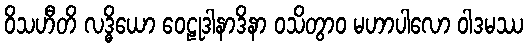
ဝိသဟီတိ လဒ္ဓိယော ဝေဠုဒါနာဒိနာ ဝသိတွာဝ မဟာပါလော ဝါဒမဿ